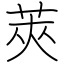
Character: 莢